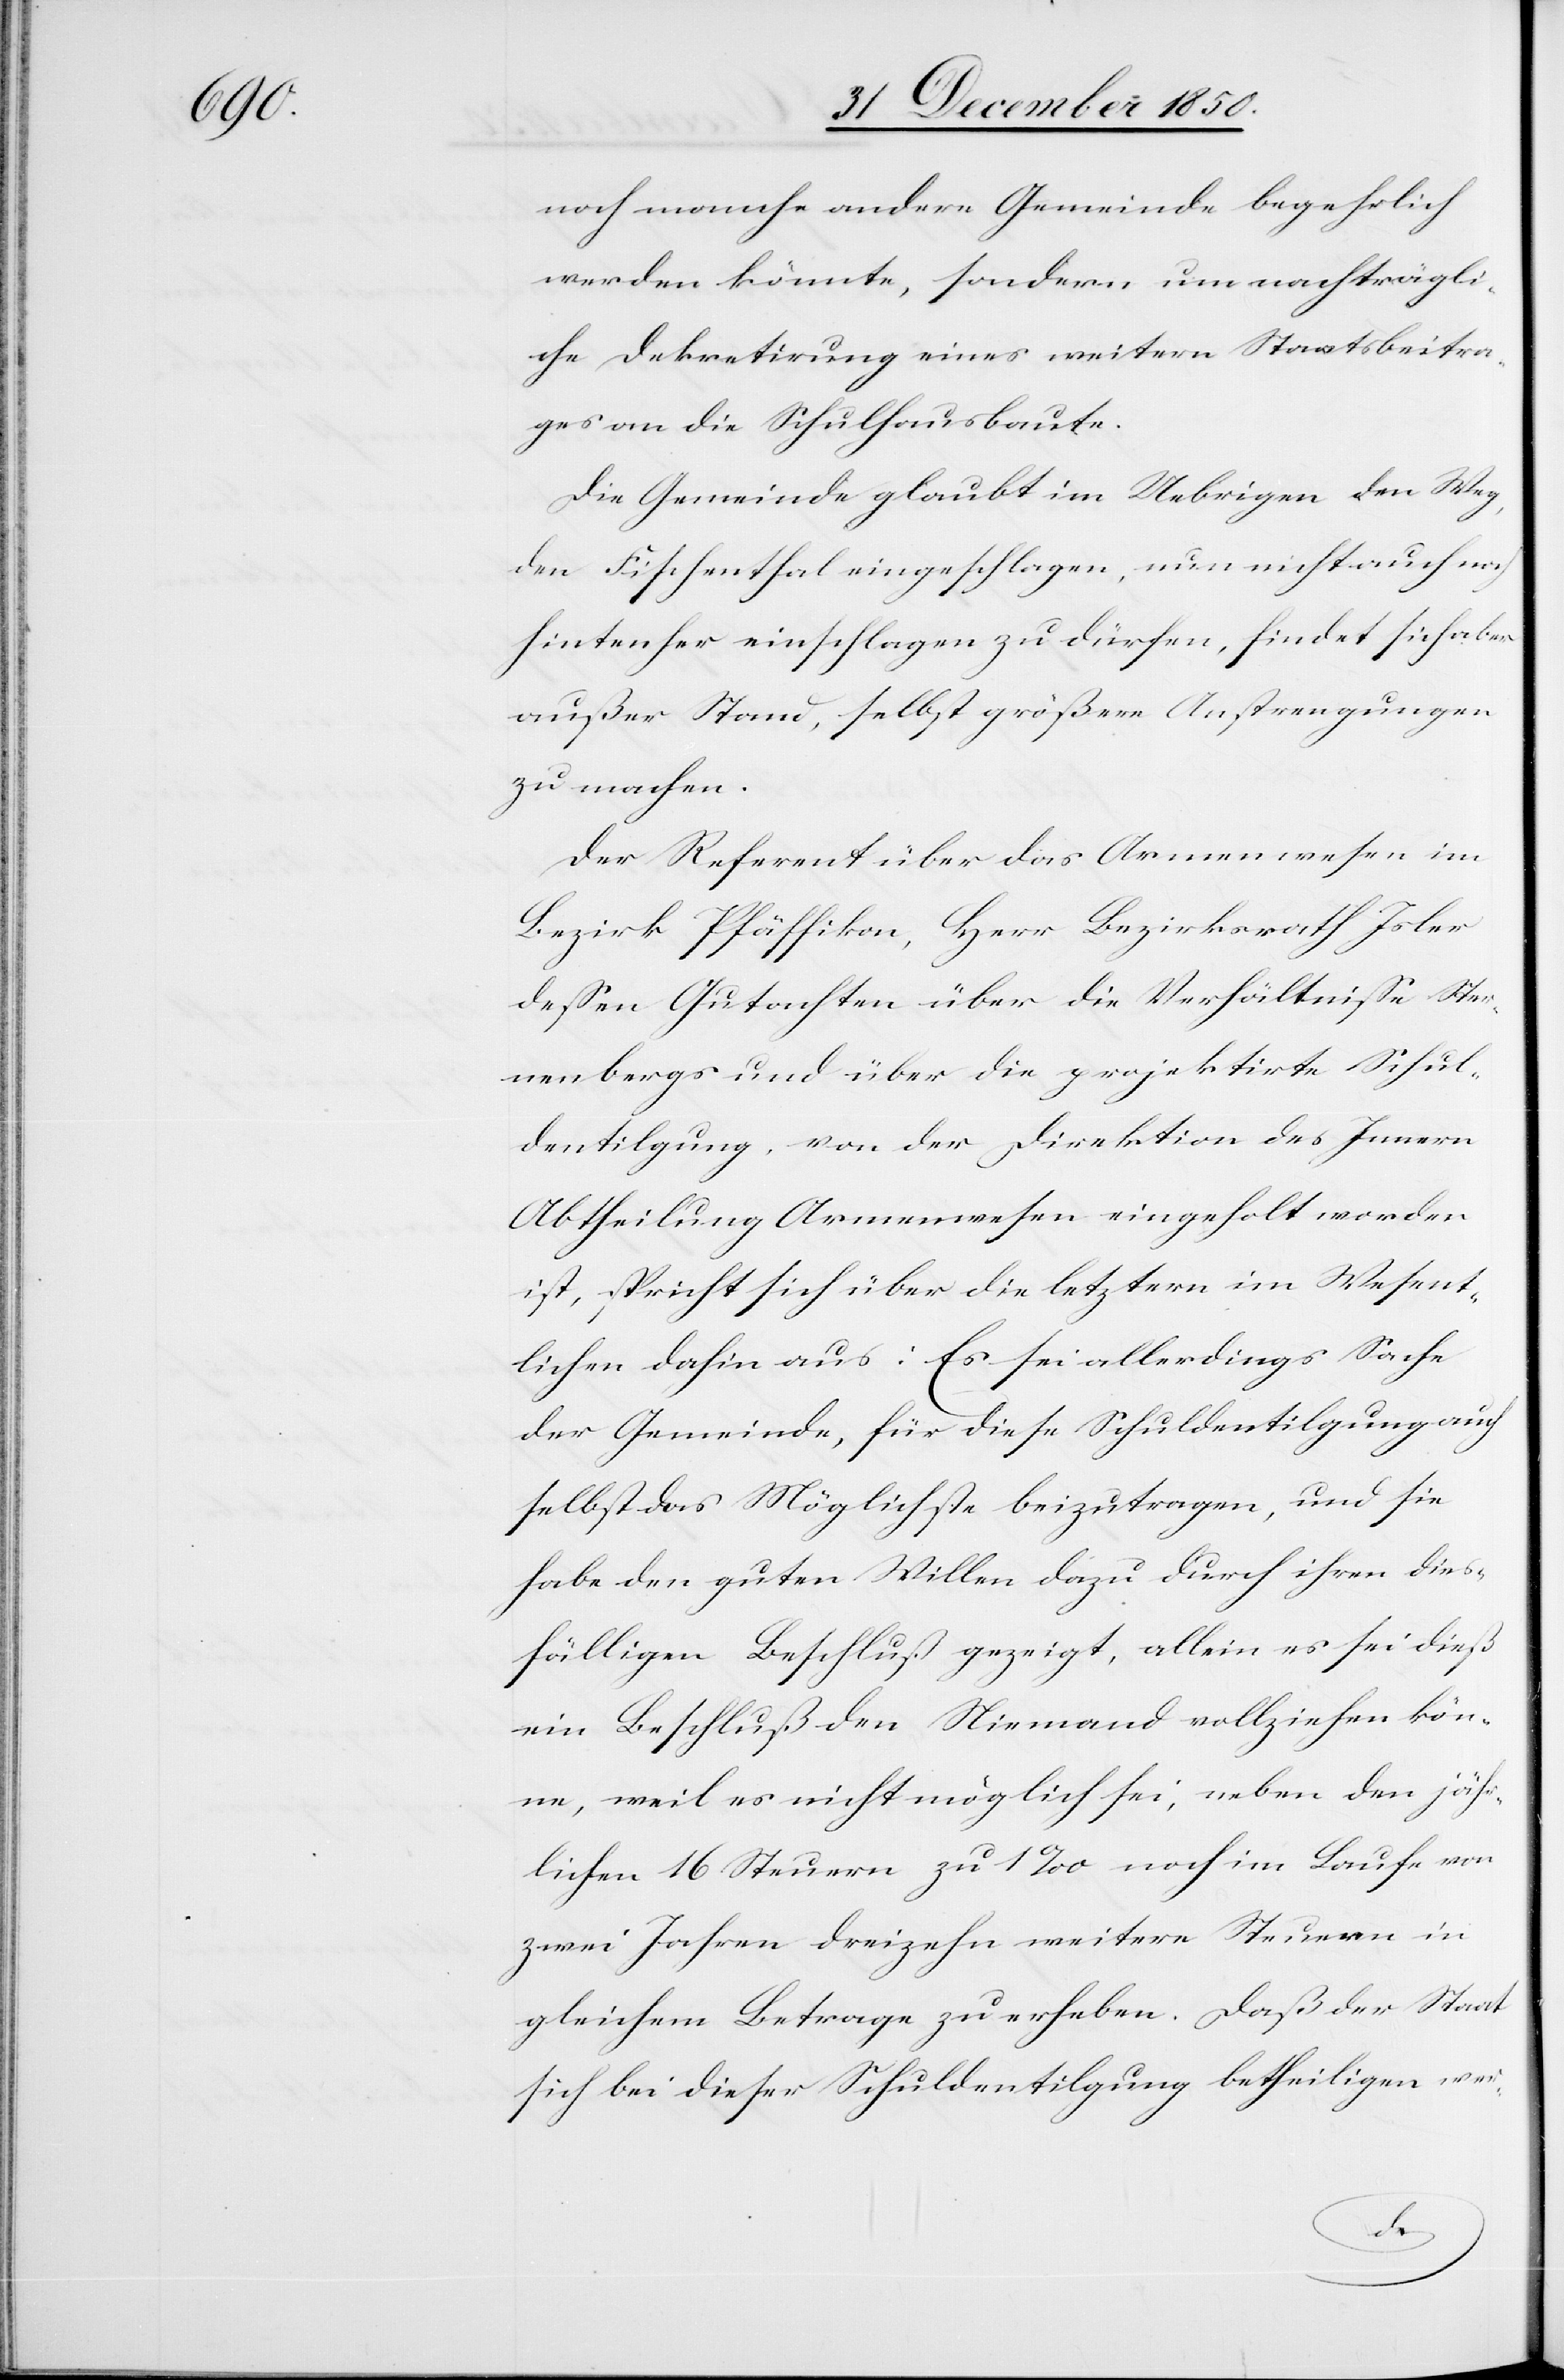
noch manche andere Gemeinde begehrlich
werden könnte, sondern um nachträgli¬
che Dekretirung eines weitern Staatsbeitra¬
ges an die Schulhausbaute.
Die Gemeinde glaubt im Uebrigen den Weg,
den Fischenthal eingeschlagen, nun nicht auch noch
hintenher einschlagen zu dürfen, findet sich aber
außer Stand, selbst größere Anstrengungen
zu machen.
Der Referent über das Armenwesen im
Bezirk Pfäffikon, Herr Bezirksrath Isler
dessen Gutachten über die Verhältnisse Ster¬
nenbergs und über die projektirte Schul¬
dentilgung, von der Direktion des Innern
Abtheilung Armenwesen eingeholt worden
ist, spricht sich über die letztern im Wesent¬
lichen dahin aus: Es sei allerdings Sache
der Gemeinde, für diese Schuldentilgung auch
selbst das Möglichste beizutragen, und sie
habe den guten Willen dazu durch ihren dies¬
fälligen Beschluß gezeigt, allein es sei dieß
ein Beschluß den Niemand vollziehen kön¬
ne, weil es nicht möglich sei, neben den jähr¬
lichen 16 Steuern zu 1 ‰ noch im Laufe von
zwei Jahren dreizehn weitere Steuern in
gleichem Betrage zu erheben. Daß der Staat
sich bei dieser Schuldentilgung betheiligen wer-